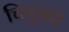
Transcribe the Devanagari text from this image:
चिचुकी